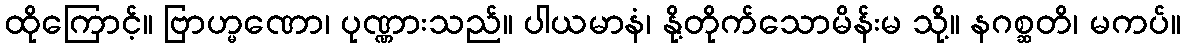
ထိုကြောင့်။ ဗြာဟ္မဏော၊ ပုဏ္ဏားသည်။ ပါယမာနံ၊ နို့တိုက်သောမိန်းမ သို့။ နဂစ္ဆတိ၊ မကပ်။